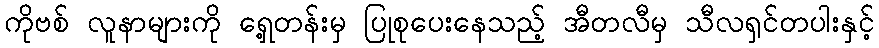
ကိုဗစ် လူနာများကို ရှေ့တန်းမှ ပြုစုပေးနေသည့် အီတလီမှ သီလရှင်တပါးနှင့်